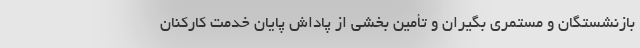
بازنشستگان و مستمری بگیران و تأمین بخشی از پاداش پایان خدمت کارکنان